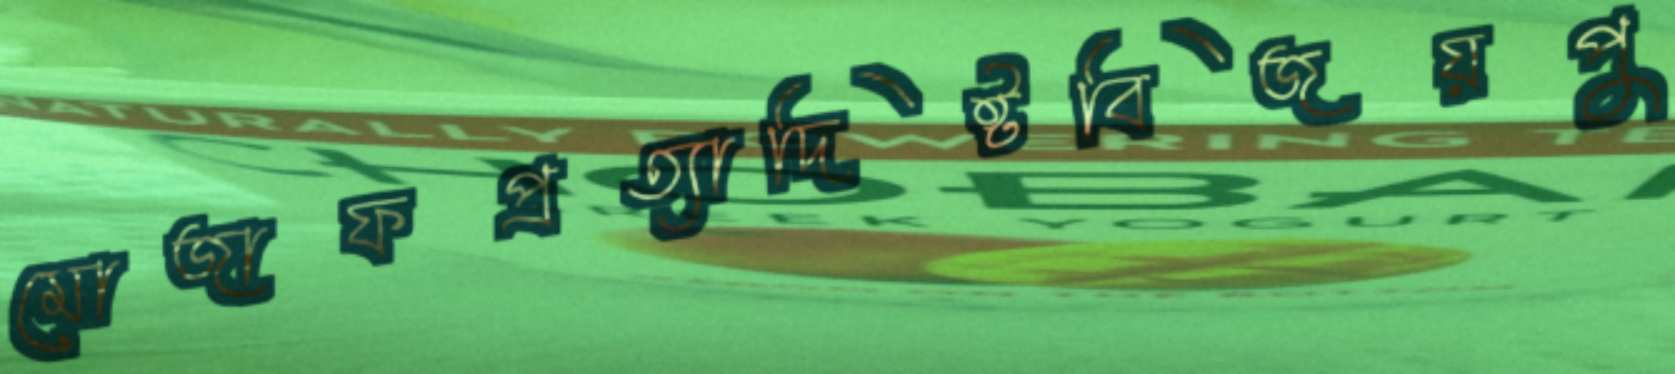
মোজাফপ্রত্যাদিষ্টবিজয়পু